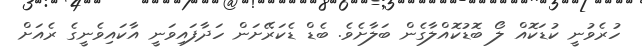
ހުރެވުނީ ކުޑަކޮއް ލޯ ބޮޑުކޮއްލާގެން ބަލާށެވެ. ބެޑް ޑެކަރޭށަން ހަދާފައިވަނީ އާކައިވެނީގެ ރެއަށް